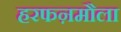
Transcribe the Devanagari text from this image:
हरफऩमौला